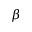
\beta